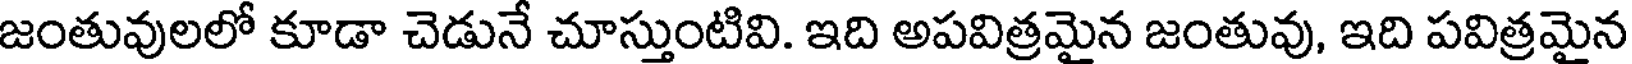
జంతువులలో కూడా చెడునే చూస్తుంటివి. ఇది అపవిత్రమైన జంతువు, ఇది పవిత్రమైన